Annual report of the Punjab Veterinary College and of the Civil Veterinary Department, Punjab - 1920-1925
Year: 1920
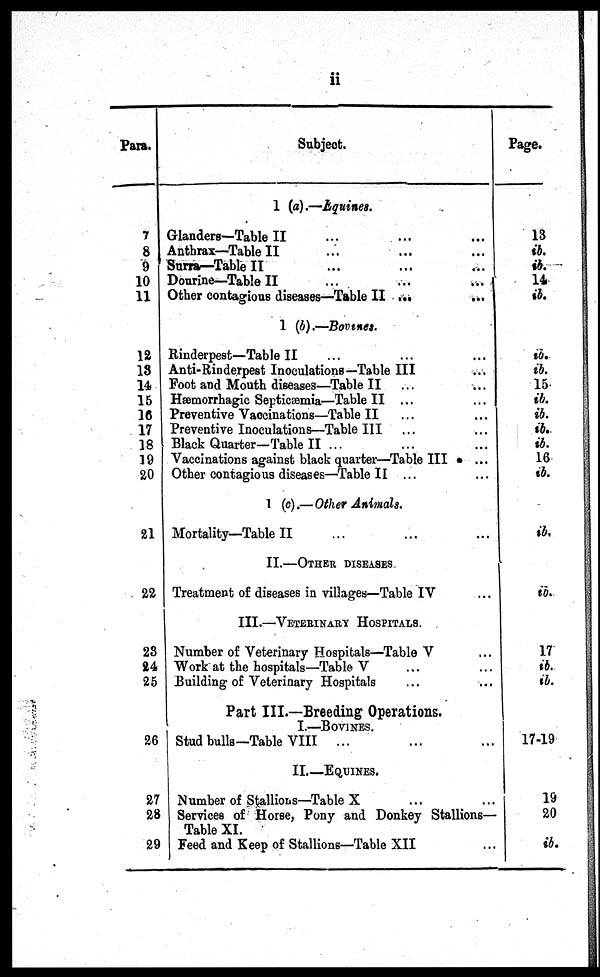
ii
Para.
7
8
9
10
11
12
18
14
15
16
17
18
19
20
21
22
28
24
25
26
27
28
29
Subject.
1 (a).—Equines.
Glanders—Table II ... ... ...
Anthrax—Table II ... ... ...
Surra—Table II ... ... ...
Dourine—Table II ... ... ...
Other contagious diseases—Table II ...
...
1 (b).—Bovenes.
Rinderpest—Table II ... ... ...
Anti-Rinderpest Inoculations—Table III ...
Foot and Mouth diseases—Table II ... ...
Hæmorrhagic Septicæmia—Table II ... ...
Preventive Vaocinations—Table II ... ...
Preventive Inoculations—Table III ... ...
Black Quarter—Table II ... ... ...
Vaccinations against black quarter—Table III
... ...
Other contagious diseases—Table II ... ...
1 (c).—Other Animals.
Mortality—Table II ... ... ...
II.—OTHER DISEASES.
Treatment of diseases in villages—Table IV ...
III.—VETERINARY HOSPITALS.
Number of Veterinary Hospitals—Table V ...
Work at the hospitals—Table V ... ...
Building of Veterinary Hospitals ... ...
Part III.—Breeding Operations.
I.—BOVINES.
Stud bulls—Table VIII ... ... ...
II.—EQUINES.
Number of Stallions—Table X
...
...
Services of Horse, Pony and Donkey Stallions—
Table XI.
Feed and Keep of Stallions—Table XII ...
Page.
13
ib.
ib.
14
ib.
ib.
ib.
15
ib.
ib.
ib.
ib.
16
ib.
ib.
ib.
17
ib.
ib.
17-19
19
20
ib.